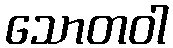
သောတဝါ